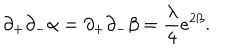
LaTeX: \partial _ { + } \partial _ { - } \alpha = \partial _ { + } \partial _ { - } \beta = \frac { \lambda } { 4 } e ^ { 2 \beta } .